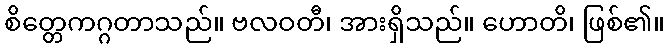
စိတ္တေကဂ္ဂတာသည်။ ဗလဝတီ၊ အားရှိသည်။ ဟောတိ၊ ဖြစ်၏။